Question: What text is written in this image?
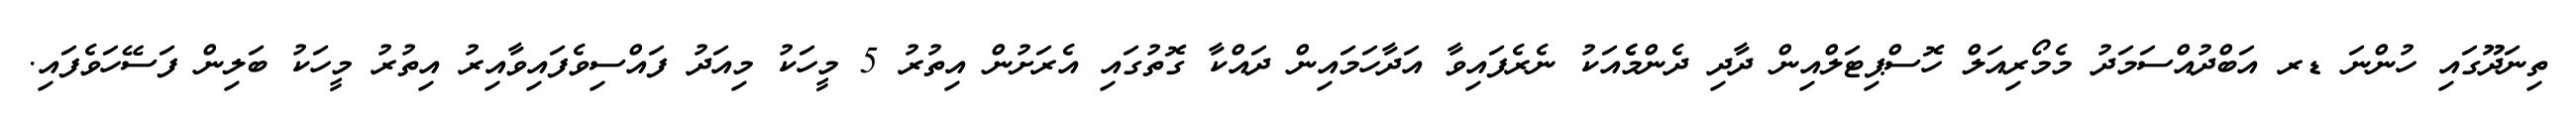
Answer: ތިނަދޫގައި ހުންނަ ޑރ އަބްދުއްސަމަދު މެމޯރިއަލް ހޮސްޕިޓަލްއިން ދާދި ދެންމެެއަކު ނެރެފައިވާ އަދާހަމައިން ދައްކާ ގޮތުގައި އެރަށުން އިތުރު 5 މީހަކު މިއަދު ފައްސިވެފައިވާއިރު އިތުރު މީހަކު ބަލިން ފަސޭހަވެފައި.